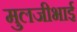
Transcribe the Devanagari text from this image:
मुलजीभाई